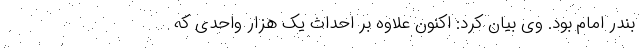
بندر امام بود. وی بیان کرد: اکنون علاوه بر احداث یک هزار واحدی که